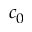
c _ { 0 }